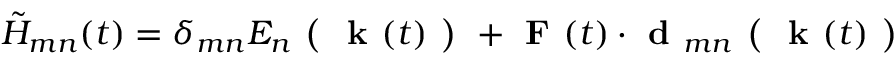
\tilde { H } _ { m n } ( t ) = \delta _ { m n } E _ { n } \textbf { ( } \textbf { k } ( t ) \textbf { ) } + \textbf { F } ( t ) \cdot \textbf { d } _ { m n } \textbf { ( } \textbf { k } ( t ) \textbf { ) }